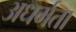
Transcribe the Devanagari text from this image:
अधर्मता